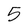
Character: 5